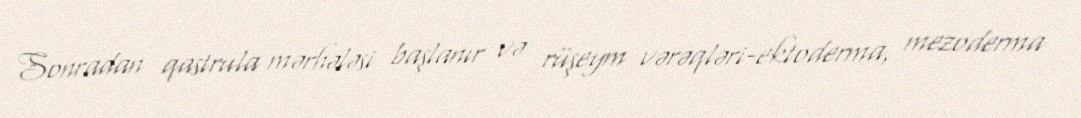
Sonradan qastrula mərhələsi başlanır və rüşeym vərəqləri-ektoderma, mezoderma